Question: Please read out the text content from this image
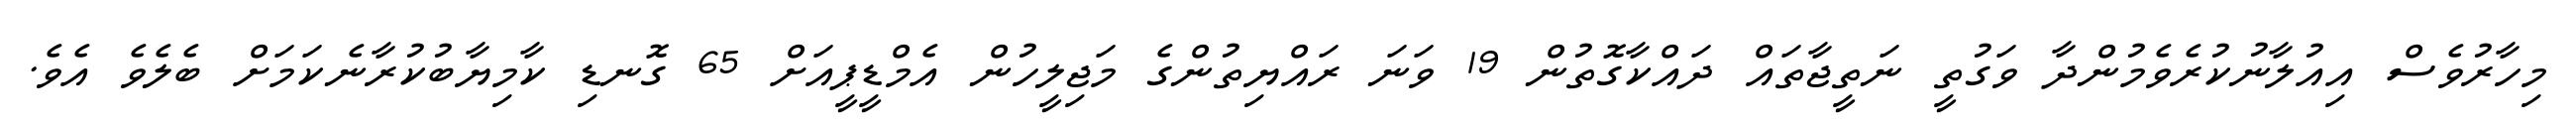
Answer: މިހާރުވެސް އިއުލާނުކުރެވެމުންދާ ވަގުތީ ނަތީޖާތައް ދައްކާގޮތުން 19 ވަނަ ރައްޔިތުންގެ މަޖިލީހުން އެމްޑީޕީއަށް 65 ގޮނޑި ކާމިޔާބުކުރާނެކަމަށް ބެލެވެ އެވެ.